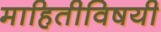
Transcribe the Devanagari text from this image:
माहितीविषयी